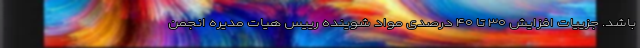
باشد. جزییات افزایش ۳۰ تا ۴۰ درصدی مواد شوینده رییس هیات مدیره انجمن